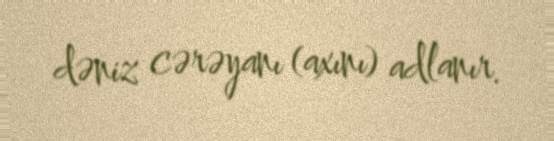
dəniz cərəyanı (axını) adlanır.